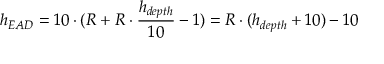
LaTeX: h _ { E A D } = 1 0 \cdot ( R + R \cdot { \frac { h _ { d e p t h } } { 1 0 } } - 1 ) = R \cdot ( h _ { d e p t h } + 1 0 ) - 1 0